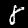
Digit: 8